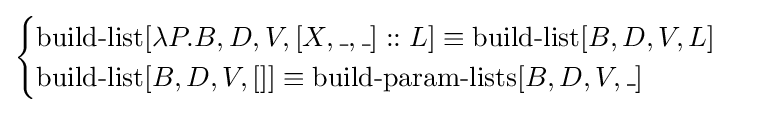
{\begin{cases}\operatorname {build-list} [\lambda P.B,D,V,[X,\_,\_]::L]\equiv \operatorname {build-list} [B,D,V,L]\\\operatorname {build-list} [B,D,V,[]]\equiv \operatorname {build-param-lists} [B,D,V,\_]\end{cases}}